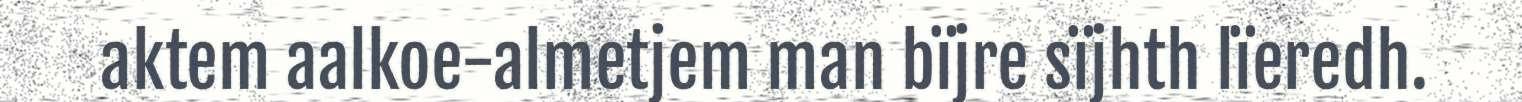
aktem aalkoe-almetjem man bïjre sïjhth lïeredh.